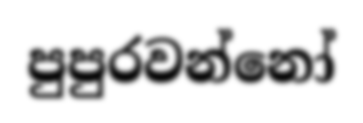
පුපුරවන්නෝ